Plague in India, 1896, 1897 - Volume 1
Year: 1896
Disease focus: Plague
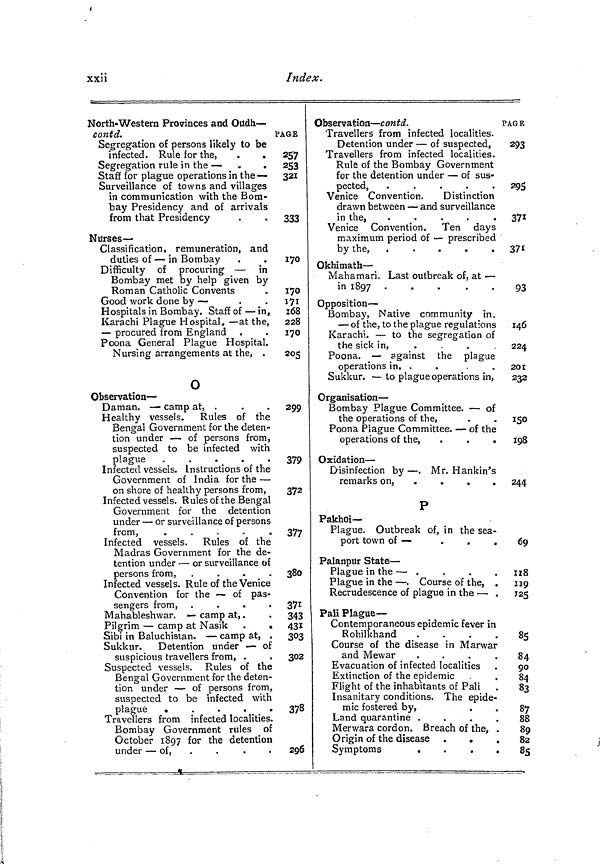
xxii
Index.
North- Western Provinces and Oudh —
contd.
Segregation of persons likely to be
infected. Rule for the, .
«
Segregation rule in the — .
.
Staff for plague operations in the —
Surveillance of towns and villages
in communication with the Bom-
bay Presidency and of arrivals
from that Presidency
Nurses —
Classification, remuneration, and
duties of — in Bombay
Difficulty of procuring — in
Bombay met by help given by
Roman Catholic Convents
Good work done by —
Hospitals in Bombay. Staff of — in,
Karachi Plague Hospital. — at the,
— procured from England
Poona General Plague Hospital.
Nursing arrangements at the, .
0
Observation-
Daman. — camp at, .
Healthy vessels. Rules of the
Bengal Government for the deten-
tion under — of persons from,
suspected to be infected with
P lacrne
.
.
.
.
.
.
.
.
.
Infected vessels. Instructions of the
Government of India for the —
on shore of healthy persons from,
Infected vessels. Rules of the Bengal
Government for the detention
under — or surveillance of persons
from,
.
Infected vessels. Rules of the
Madras Government for the de-
tention under — or surveillance of
persons from, .
.
.
.
Infected vessels. Rule of the Venice
Convention for the — of pas-
sengers from, .
.
.
.
Mahableshwar. — camp at, .
Pilgrim — camp at Nasik .
.
Sibi in Baluchistan. — camp at, .
Sukkur. Detention under — of
suspicious travellers from, .
Suspected vessels. Rules of the
Bengal Government for the deten-
tion under — of persons from,
suspected to be infected with
plague
.
Travellers from infected localities.
Bombay Government rules of
October 1897 for the detention
under — of ,
PAGE
257
253
321
333
170
170
171
168
228
170
205
299
379
372
377
380
371
343
431
303
302
378
296
Observation — c on td.
Travellers from infected localities.
Detention under — of suspected,
Travellers from infected localities.
Rule of the Bombay Government
for the detention under — of sus-
pected,
.
.
.
.
.
Venice Convention.
Distinction
drawn between — and surveillance
in the,
.
.
.
.
.
Venice Convention. Ten days
maximum period of — prescribed
by the, .
.
.
.
.
Okhimath —
Mahamari.. Last outbreak of, at —
in 1897 .
.
.
.
.
Opposition —
Bombay, Native community in.
— of the, to the plague regulations
Karachi. — to the segregation of
the sick in,
. . . .
Poona. — against the plague
operations in, .
Sukkur, — to plague operations in,
Organisation —
Bombay Plague Committee. — of
the operations of the,
Poona Plague Committee. — of the
operations of the,
.
.
.
Oxidation —
Disinfection by — . Mr. Hankin's
remarks on, .
.
.
.
P
Pakhoi—
Plague. Outbreak of, in the sea-
port town of —
.
.
.
Palanpur State —
Plague in the - — .
Plague in the — . Course of the, .
Recrudescence of plague in the — .
Pali Plague —
Contemporaneous epidemic fever in
Rohilkhand
.
Course of the disease in Marwar
and Mewar
Evacuation of infected localities
Extinction of the epidemic
Flight of the inhabitants of Pali
Insanitary conditions. The epide
mic fostered by,
Land quarantine .
Merwara cordon. Breach of the,
Origin of the disease .
.
Symptoms
.
PAGE
293
295
371
371
93
146
224
201
232
ISO
198
244
69
US
119
125
85
84
90
84
83
87
88
89
82
85